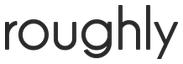
roughly